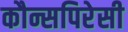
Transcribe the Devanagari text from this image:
कौन्सपिरेसी